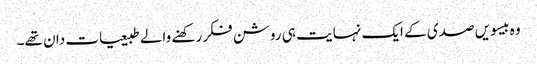
وہ بیسویں صدی کے ایک نہایت ہی روشن فکر رکھنے والے طبیعیات دان تھے۔